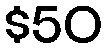
$50